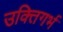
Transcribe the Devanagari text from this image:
उक्तिगर्भ